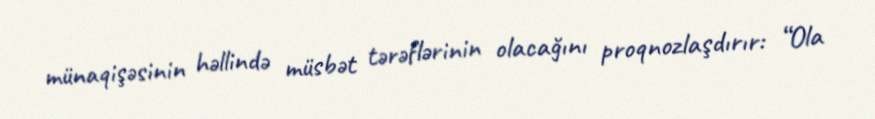
münaqişəsinin həllində müsbət tərəflərinin olacağını proqnozlaşdırır: “Ola